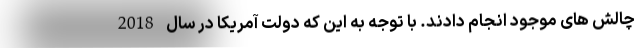
چالش های موجود انجام دادند. با توجه به این که دولت آمریکا در سال 2018